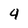
Character: 4